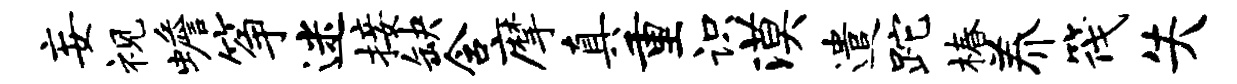
妄视蟾筝迷接缺含摩真重识漠遣跎椿养筏失